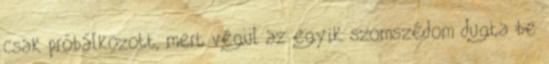
csak próbálkozott, mert végül az egyik szomszédom dugta be